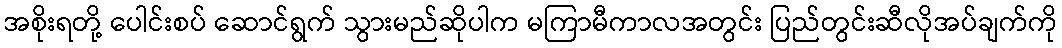
အစိုးရတို့ ပေါင်းစပ် ဆောင်ရွက် သွားမည်ဆိုပါက မကြာမီကာလအတွင်း ပြည်တွင်းဆီလိုအပ်ချက်ကို